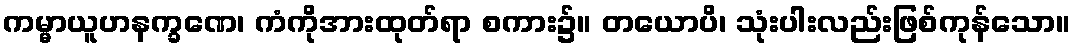
ကမ္မာယူဟနက္ခဏေ၊ ကံကိုအားထုတ်ရာ စကား၌။ တယောပိ၊ သုံးပါးလည်းဖြစ်ကုန်သော။